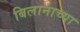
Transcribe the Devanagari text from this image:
बिलानाच्या